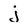
Character: j